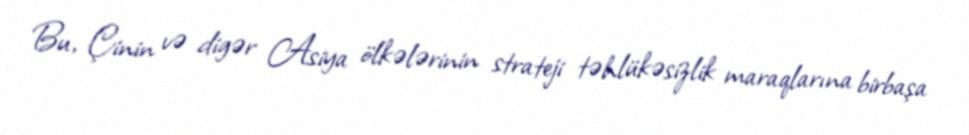
Bu, Çinin və digər Asiya ölkələrinin strateji təhlükəsizlik maraqlarına birbaşa